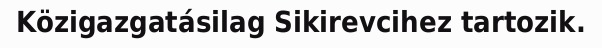
Közigazgatásilag Sikirevcihez tartozik.